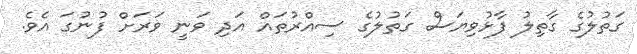
ގަތުލުގެ ގާތިލު ފާޅުވިޔަސް ގަތުލުގެ ސިއްރުތައް އަދި ވަނީ ވަރަށް ފުނުގަ އެވެ.